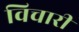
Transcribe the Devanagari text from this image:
विचारीं